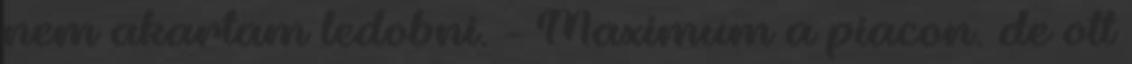
nem akartam ledobni. - Maximum a piacon. de ott